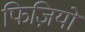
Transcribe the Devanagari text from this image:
फिज़ियो